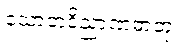
သောတဝိညာဏဓာတု